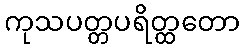
ကုသပတ္တပရိတ္ထတော